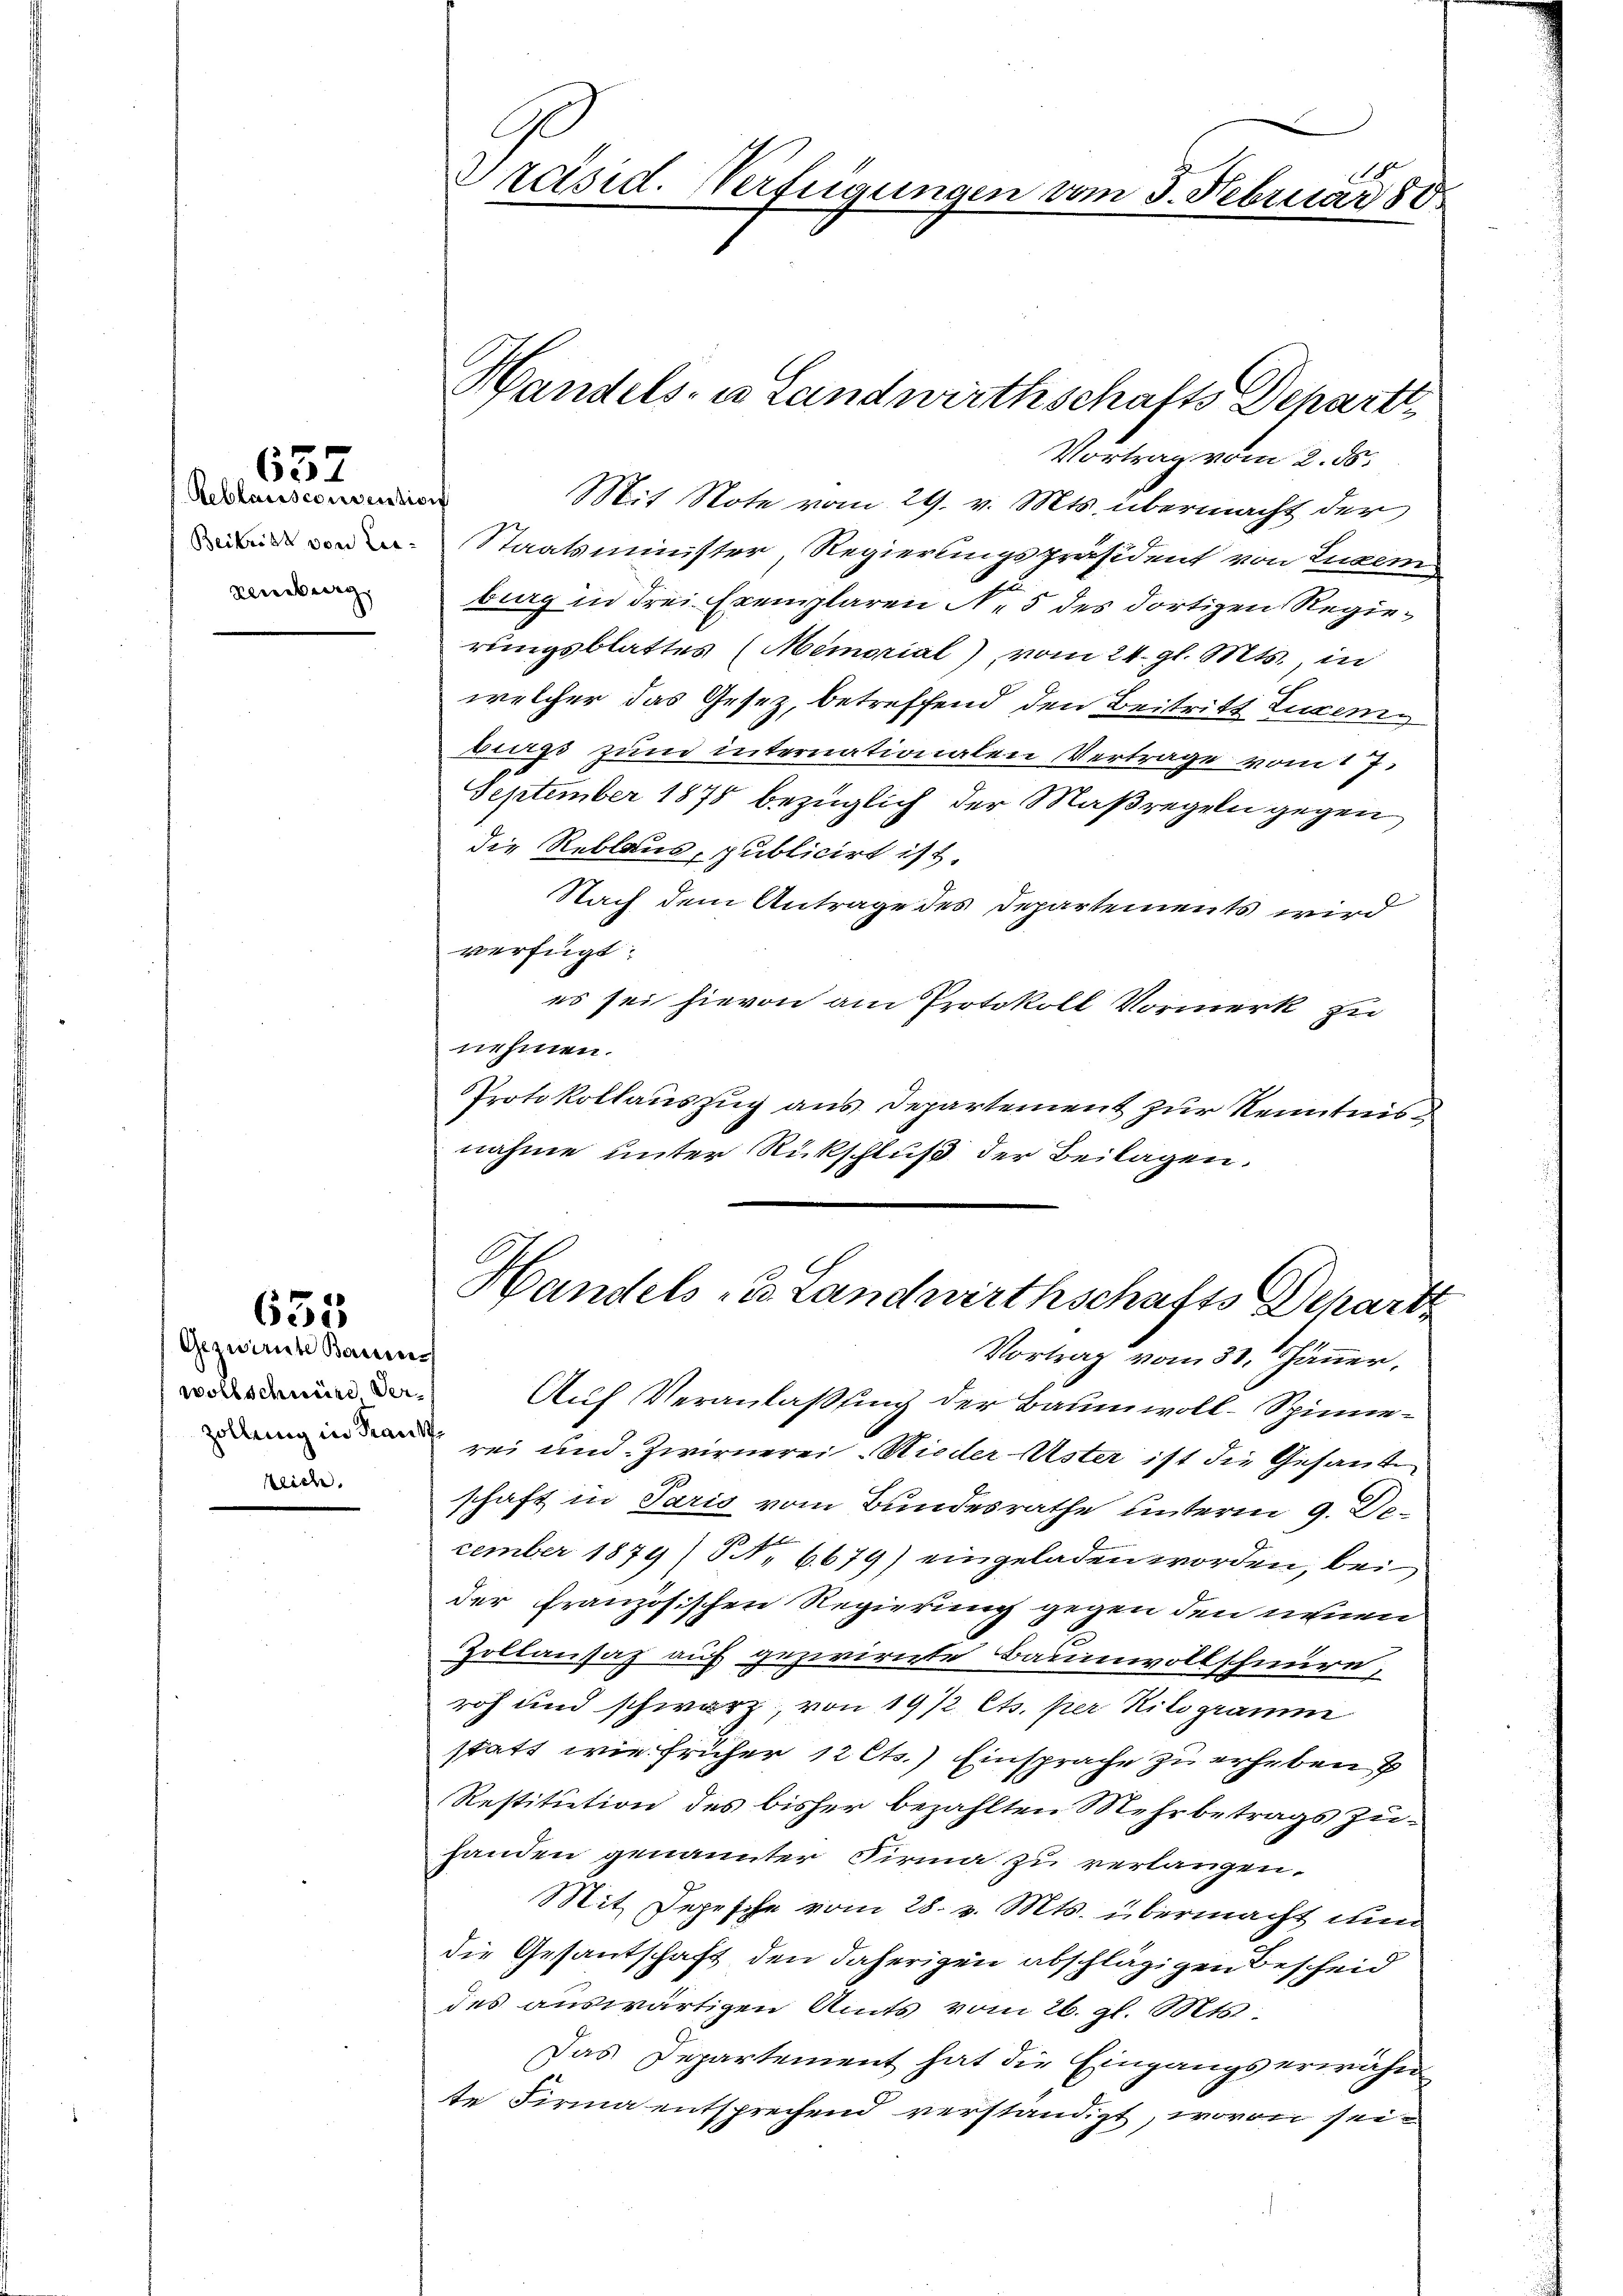
652

Reblausconvention
Beitritt von Lie-
denberg

635

Gezwirnk Baue
wollschwere Ver-
teich.

.
Präsid. Verfügungen vom 3. Februar 80

Vortrag vom 2. ds.
Mit Note vom 29. v. Mts. übermacht der
Staatsminister, Regierungspräsident von Luzern
burg in drei Exemplaren N. 5 des dortigen Regierungsblattes (Memorial), vom 24. gl. Mts. in
welcher das Gesetz, betreffend den Beitritt Luxemburgs zum internationalen Vertrage vom 17.
September 1878 bezüglich der Maßregeln gegen
die Reblaus, publicirt ist.
Nach dem Antrage des Departements wird
verfügt:
es sei hievon am Protokoll Vormerk zu
nehmen.
Protokollauszug aus Departement zur Kenntnisnahme unter Rückschluß der Beilagen.

Handels- u. Landwirthschafts Depart

Handels u. Landwirthschafts Depart

Vortrag vom 31. Jänner,
Auf Veranlaßung der Baumwoll-Spinne¬
 in den sei und Zwirnerei Wieder-Uster ist die Gesante
schaft in Paris vom Bundesrathe unterm 9. Dezember 1879) S. 6679) eingeladen worden, bei
der Französischen Regierung gegen den neuen
Zollausaz auf gezwirnte Baumwollscheure,
roh und schwarz, von 19/2 Cts. per Kilogramm
statt wie früher 12 Cts.) Einsprache zu erheben
Restitution des bisher bezahlten Mehrbetrags zuhanden genannter Firma zu verlangen.
Mit Depesche vom 28. v. Mts. übermacht nun
die Gesantschaft den daherigen abschlägigen Bescheid
des auswärtigen Amts vom 26. gl. Mts.
Das Departement hat die Eingangserwähn
te Firma entsprechend verständigt, wovon sei¬